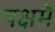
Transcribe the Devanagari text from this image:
पक्षमें